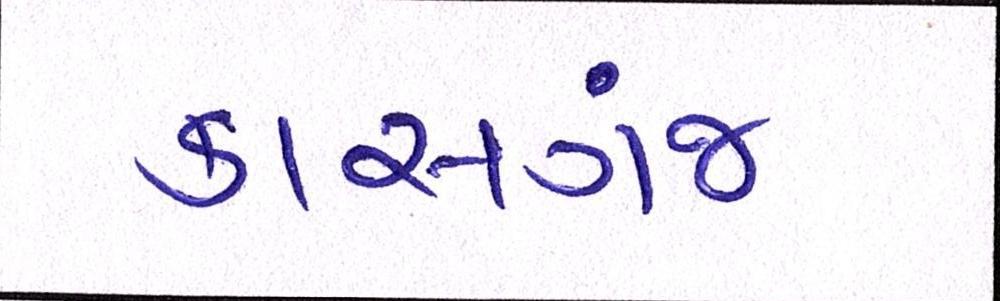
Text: કાસગંજ